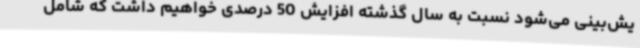
یش‌بینی می‌شود نسبت به سال گذشته افزایش 50 درصدی خواهیم داشت که شامل